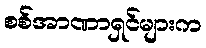
စစ်အာဏာရှင်များက